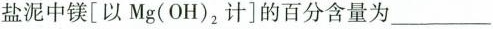
盐泥中镁[以Mg(OH)_{2}计]的百分含量为___